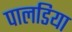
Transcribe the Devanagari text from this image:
पालडिया